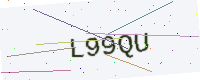
Text: L99QU